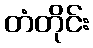
တံတိုင်း